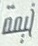
خیمة